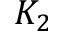
K _ { 2 }